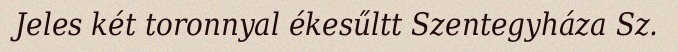
Jeles két toronnyal ékesűltt Szentegyháza Sz.